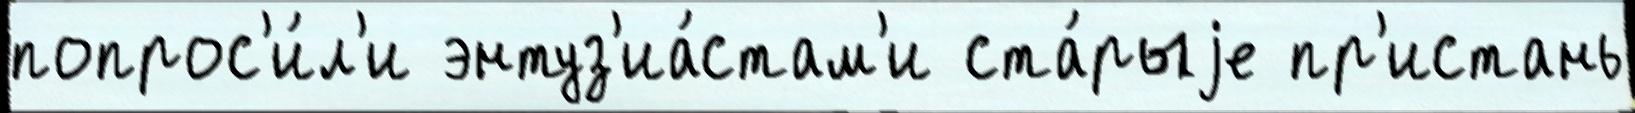
попрос'и́л'и энтуз'иа́стам'и ста́рыjе пр'истань